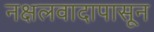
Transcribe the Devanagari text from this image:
नक्षलवादापासून